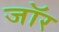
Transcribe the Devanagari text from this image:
जॉर